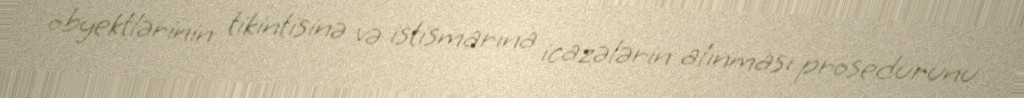
obyektlərinin tikintisinə və istismarına icazələrin alınması prosedurunu